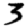
Digit: 3